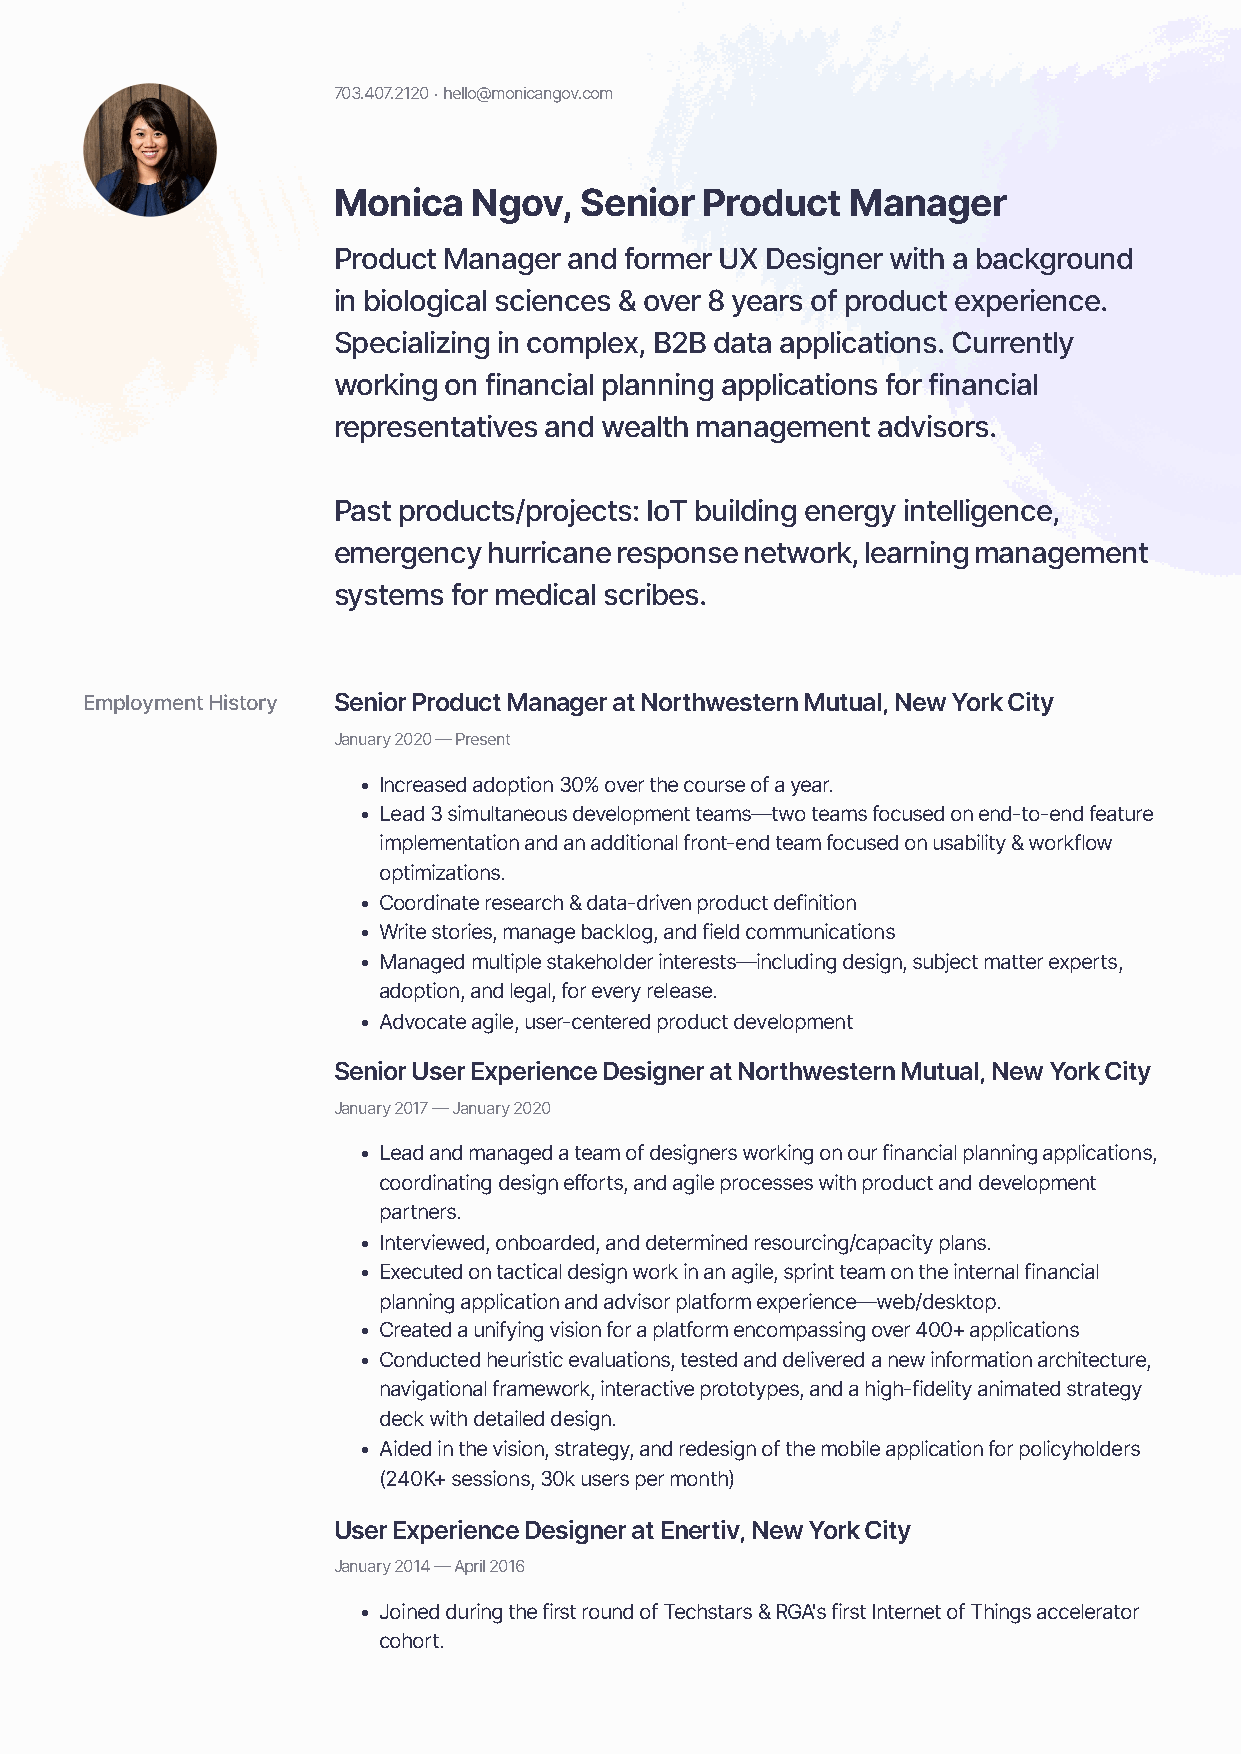
703.407.2120 · hello@monicangov.com
 Monica   Ngov,  Senior  Product   Manager
 Product Manager and former UX Designer with a background
 in biological sciences & over 8 years of product experience.
 Specializing in complex, B2B data applications. Currently
 working on financial planning applications for financial
 representatives and wealth management advisors.
 Past products/projects: IoT building energy intelligence,
 emergency hurricane response network, learning management
 systems for medical scribes.
 Employment History Senior Product Manager at Northwestern Mutual, New York City
 January 2020 — Present
 • Increased adoption 30% over the course of a year.
 • Lead 3 simultaneous development teams—two teams focused on end-to-end feature
 implementation and an additional front-end team focused on usability & workflow
 optimizations.
 • Coordinate research & data-driven product definition
 • Write stories, manage backlog, and field communications
 • Managed multiple stakeholder interests—including design, subject matter experts,
 adoption, and legal, for every release.
 • Advocate agile, user-centered product development
 Senior User Experience Designer at Northwestern Mutual, New York City
 January 2017 — January 2020
 • Lead and managed a team of designers working on our financial planning applications,
 coordinating design efforts, and agile processes with product and development
 partners.
 • Interviewed, onboarded, and determined resourcing/capacity plans.
 • Executed on tactical design work in an agile, sprint team on the internal financial
 planning application and advisor platform experience—web/desktop.
 • Created a unifying vision for a platform encompassing over 400+ applications
 • Conducted heuristic evaluations, tested and delivered a new information architecture,
 navigational framework, interactive prototypes, and a high-fidelity animated strategy
 deck with detailed design.
 • Aided in the vision, strategy, and redesign of the mobile application for policyholders
 (240K+ sessions, 30k users per month)
 User Experience Designer at Enertiv, New York City
 January 2014 — April 2016
 • Joined during the first round of Techstars & RGA's first Internet of Things accelerator
 cohort.